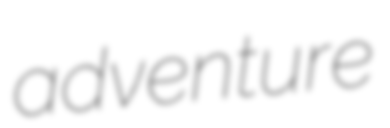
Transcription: adventure